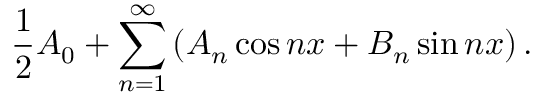
{ \frac { 1 } { 2 } } A _ { 0 } + \sum _ { n = 1 } ^ { \infty } \left( A _ { n } \cos n x + B _ { n } \sin n x \right) .